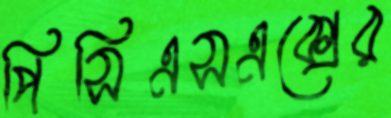
পিসিএসএক্সের